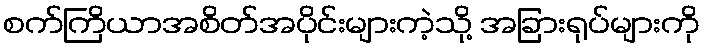
စက်ကြိယာအစိတ်အပိုင်းများကဲ့သို့ အခြားရုပ်များကို